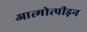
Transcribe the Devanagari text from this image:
आत्मोत्पीड़न